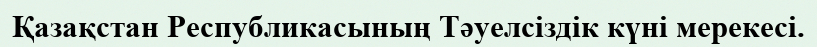
Қазақстан Республикасының Тәуелсіздік күні мерекесі.